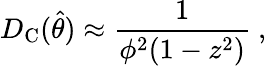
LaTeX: D_{\mathrm{C}}(\hat{\theta})\approx\frac{1}{\phi^{2}(1-z^{2})}\ ,